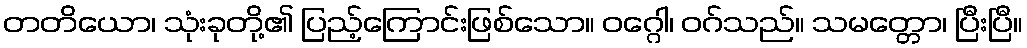
တတိယော၊ သုံးခုတို့၏ ပြည့်ကြောင်းဖြစ်သော။ ဝဂ္ဂေါ၊ ဝဂ်သည်။ သမတ္တော၊ ပြီးပြီ။